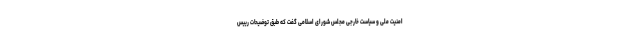
امنیت ملی و سیاست خارجی مجلس شورای اسلامی گفت که طبق توضیحات رییس